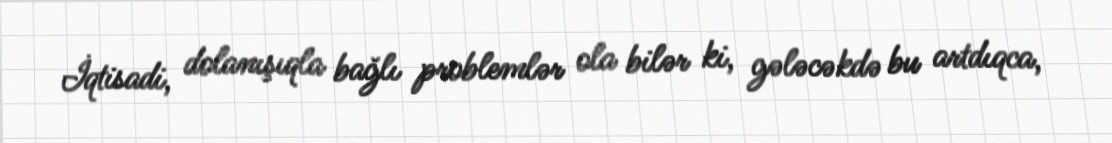
İqtisadi, dolanışıqla bağlı problemlər ola bilər ki, gələcəkdə bu artdıqca,